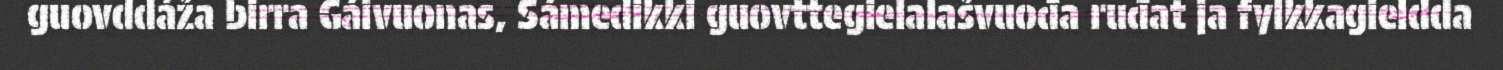
guovddáža birra Gáivuonas, Sámedikki guovttegielalašvuođa ruđat ja fylkkagieldda